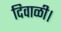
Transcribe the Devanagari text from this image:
दिवाळी।